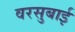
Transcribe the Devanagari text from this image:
वरसुबाई